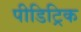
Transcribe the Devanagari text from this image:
पीडिट्रिक